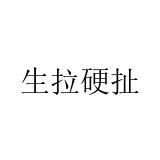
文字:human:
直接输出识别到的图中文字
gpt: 生拉硬扯